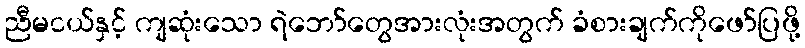
ညီမငယ်နှင့် ကျဆုံးသော ရဲဘော်တွေအားလုံးအတွက် ခံစားချက်ကိုဖော်ပြဖို့